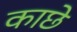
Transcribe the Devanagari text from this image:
काछे